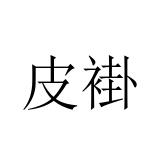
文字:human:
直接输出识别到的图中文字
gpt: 皮褂